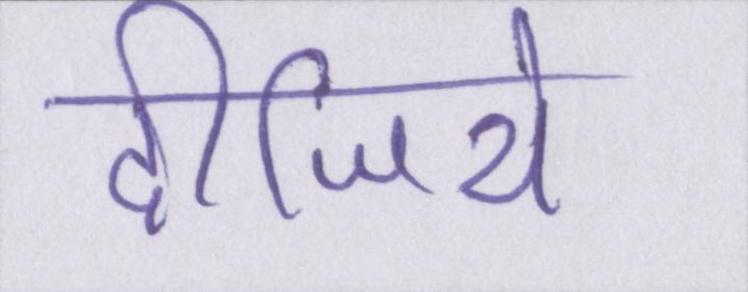
दीजिये